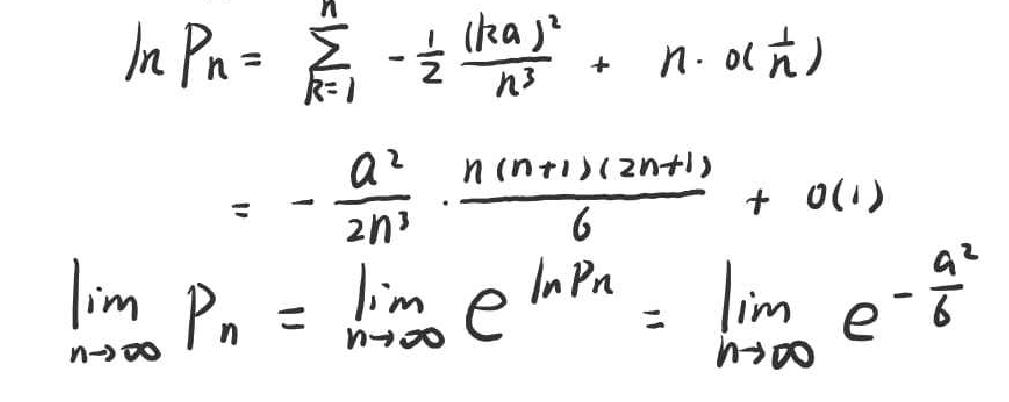
\begin{align*}
\ln P_n&=\sum_{k = 1}^n\frac{1}{k}-\frac{1}{2}\left(\frac{k}{n}\right)^2 + n\cdot o\left(\frac{1}{n}\right)\\
&=-\frac{a^2}{2n^3}\cdot\frac{n(n + 1)(2n + 1)}{6}+o(1)\\
\lim_{n\to\infty} P_n&=\lim_{n\to\infty} e^{\ln P_n}=\lim_{n\to\infty} e^{-\frac{a^2}{2}}
\end{align*}